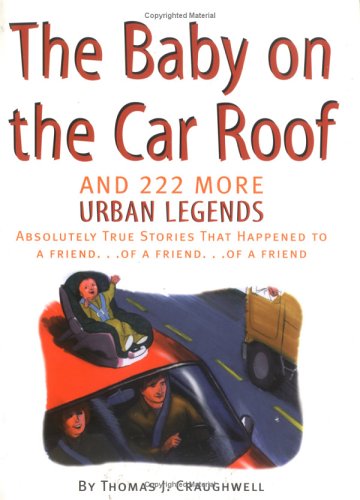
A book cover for Baby on the Car Roof and 222 Other Urban Legends: Absolutely True Stories That Happened to a Friend of a Friend of a Friend; Thomas J. Craughwell; Humor & Entertainment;